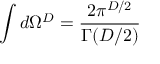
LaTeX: \int d \Omega ^ { D } = \frac { 2 \pi ^ { D / 2 } } { \Gamma ( D / 2 ) }